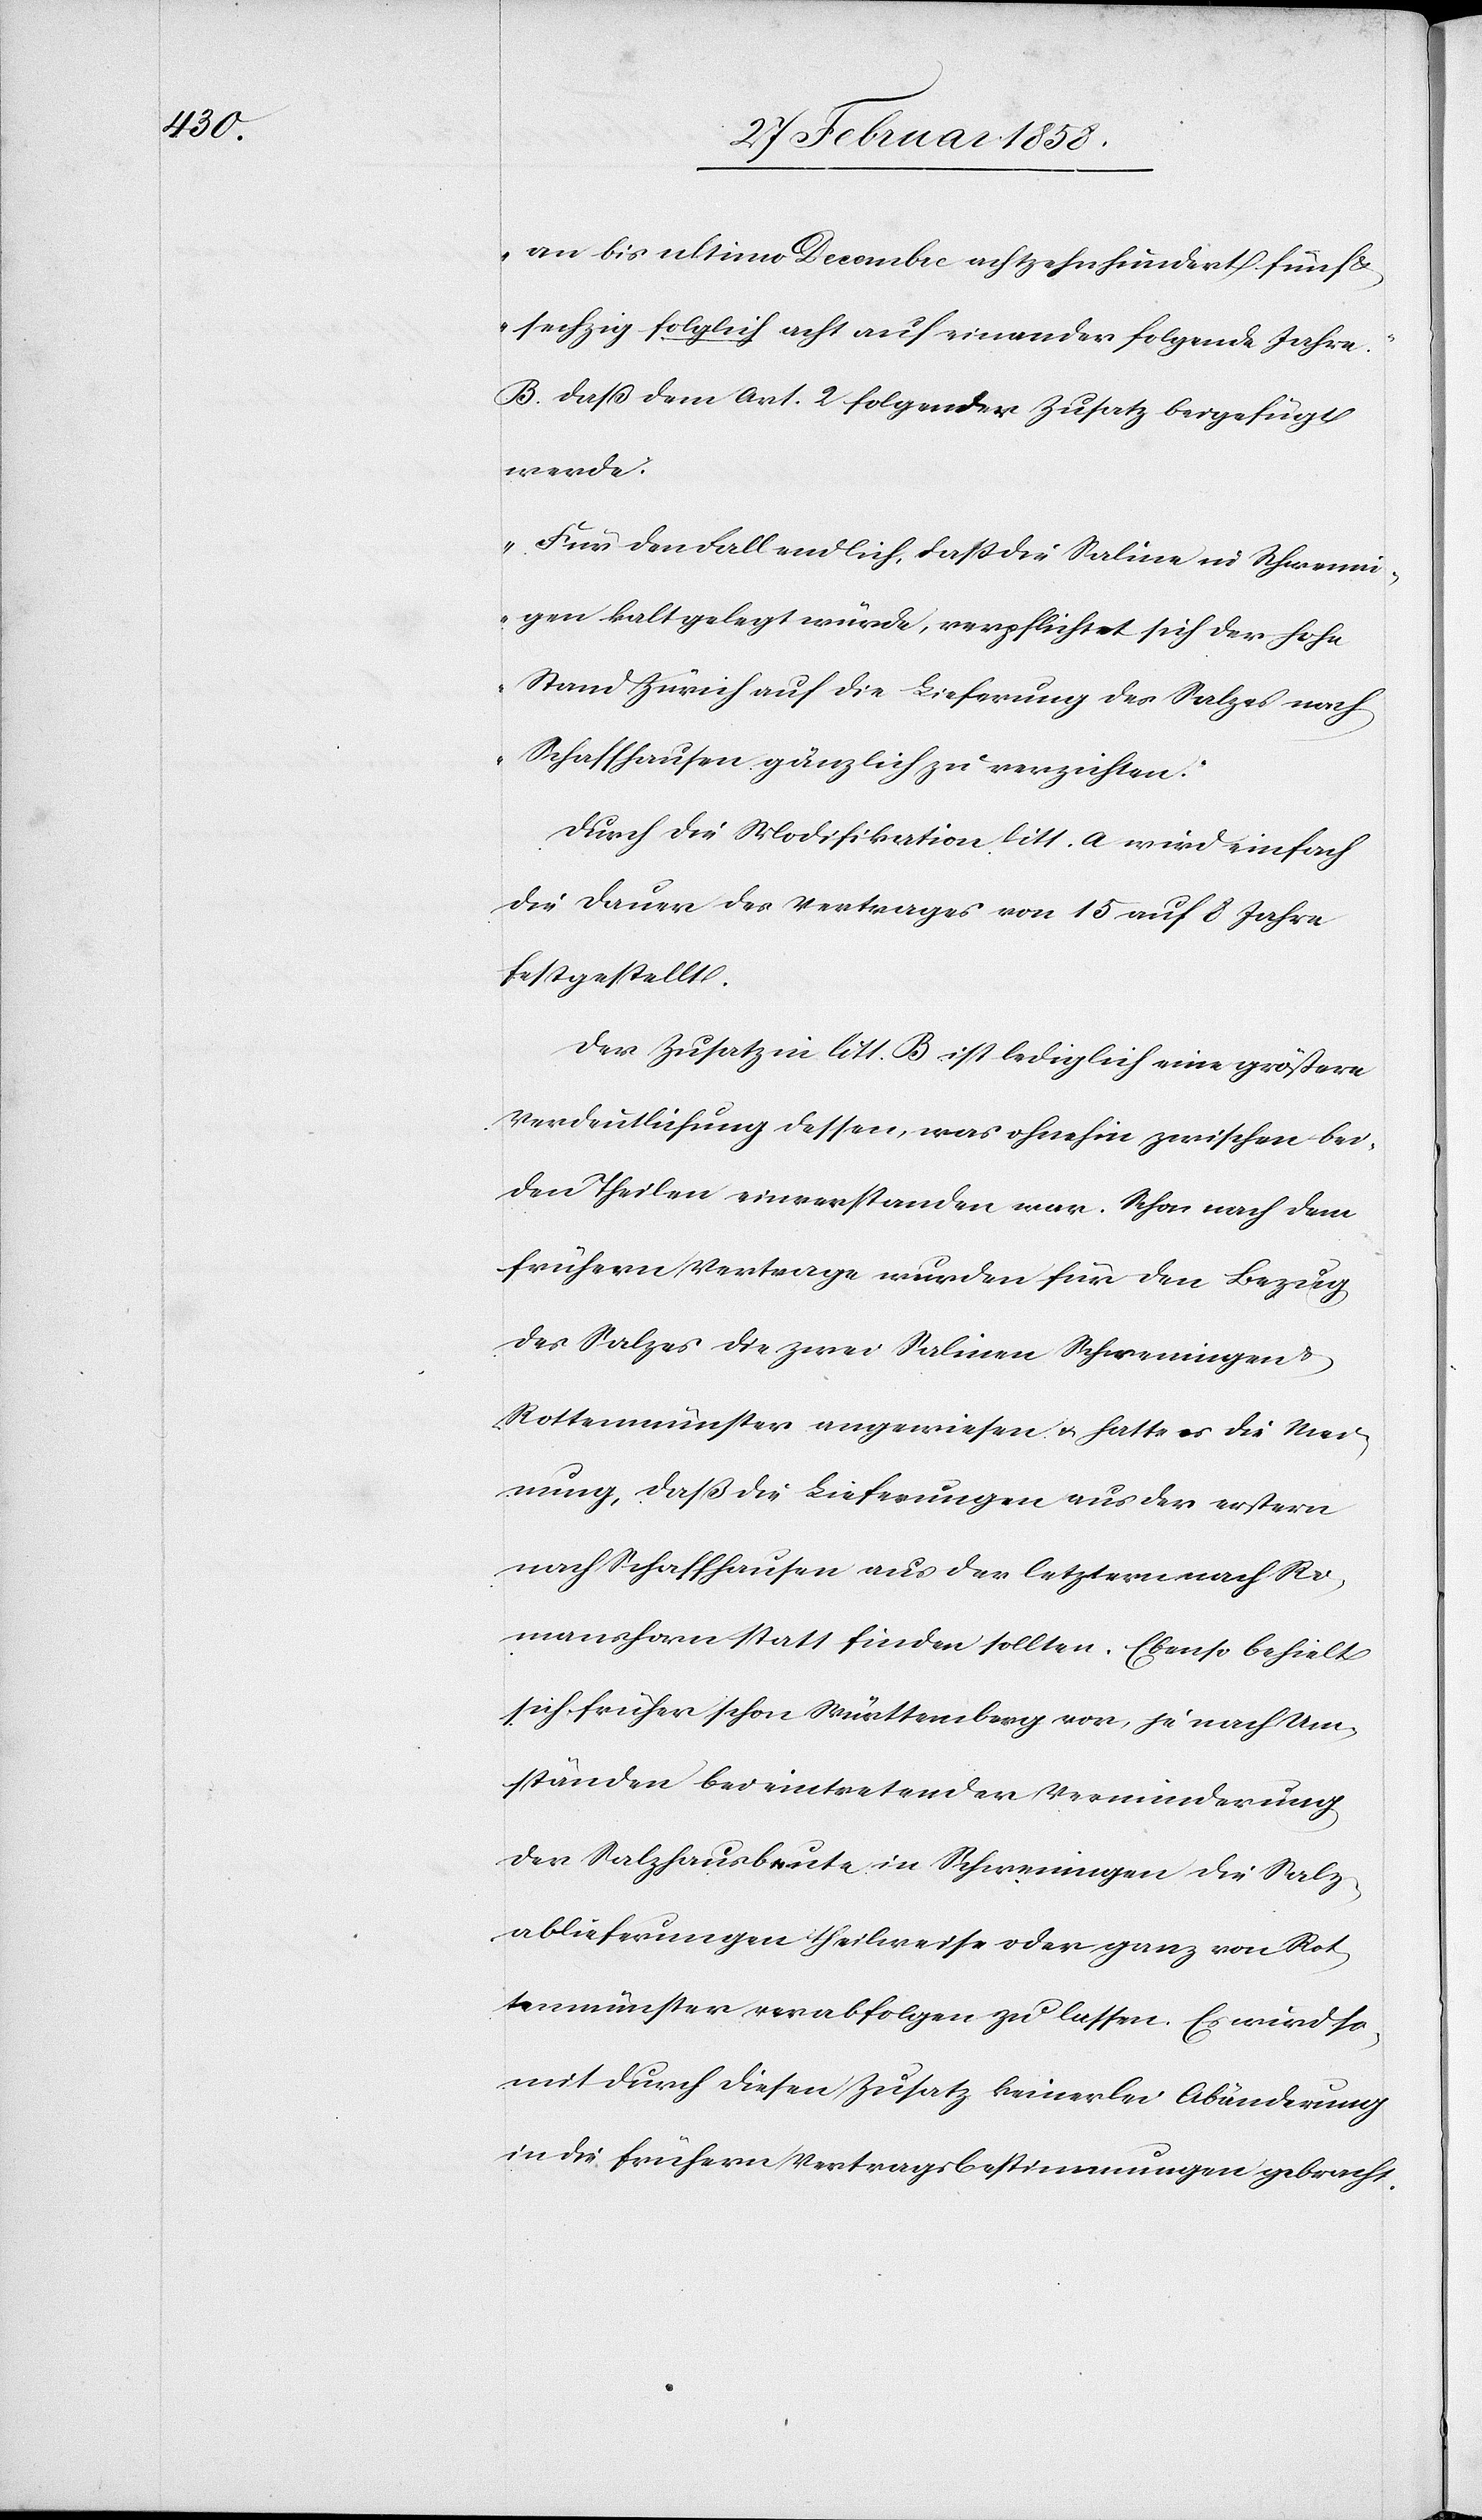
an bis ultimo Decembre achtzehn hundert fünf
sechzig folglich acht auf einander folgende Jahre.“
B. Daß dem Art. 2 folgender Zusatz beigefügt
werde:
„Für den Fall endlich, daß die Saline in Schwenni¬
gen kalt gelegt würde, verpflichtet sich der hohe
Stand Zürich auf die Lieferung des Salzes nach
Schaffhausen gänzlich zu verzichten.“
Durch die Modifikation litt. a wird einfach
die Dauer des Vertrages von 15 auf 8 Jahre
festgestellt.
Der Zusatz in litt. B ist lediglich eine größere
Verdeutlichung dessen, was ohnehin zwischen bei¬
den Theilen einverstanden war. Schon nach dem
frühern Vertrage wurden für den Bezug
des Salzes die zwei Salinen Schweningen u.
Rottenmünster angewiesen u. hatte es die Mei¬
nung, daß die Lieferungen aus der erstern
nach Schaffhausen aus der letztern nach Ro¬
manshorn statt finden sollten. Ebenso behielt
sich früher schon Württemberg vor, je nach Um¬
ständen bei eintretender Verminderung
der Salzhausbeute [sic!] in Schweningen die Salz¬
ablieferungen theilweise oder ganz von Rot¬
tenmünster verabfolgen zu lassen. Es wird so¬
mit durch diesen Zusatz keinerlei Abänderung
in die frühern Vertragsbestimmungen gebracht.